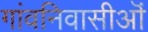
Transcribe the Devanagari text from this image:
गांवनिवासीऒं